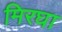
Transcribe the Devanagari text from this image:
मिरघा